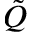
\tilde { Q }